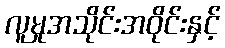
လူမှုအသိုင်းအဝိုင်းနှင့်